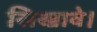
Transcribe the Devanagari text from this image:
सिखावे।